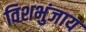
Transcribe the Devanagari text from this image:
विशभुंजाय